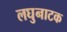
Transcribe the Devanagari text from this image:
लघुनाटक